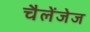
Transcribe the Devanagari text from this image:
चैलेंजेज